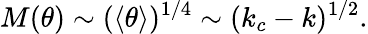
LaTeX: M(\theta)\sim(\langle\theta\rangle)^{1/4}\sim(k_{c}-k)^{1/2}.